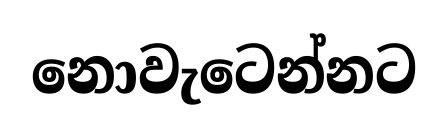
නොවැටෙන්නට